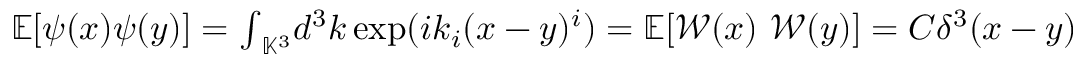
\begin{array} { r } { { \mathbb { E } } [ \psi ( x ) \psi ( y ) ] = { \int } _ { \mathbb { K } ^ { 3 } } d ^ { 3 } k \exp ( i k _ { i } ( x - y ) ^ { i } ) = { \mathbb { E } } [ \mathcal { W } ( x ) ~ \mathcal { W } ( y ) ] = { C } \delta ^ { 3 } ( x - y ) } \end{array}